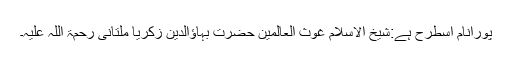
پورانام اسطرح ہے:شیخ الاسلام غوث العالمین حضرت بہاؤالدین زکریا ملتانی رحمۃ اللہ علیہ۔